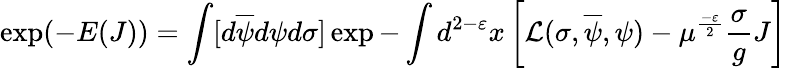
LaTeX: \exp(-E(J))=\int[d\overline{{{\psi}}}d\psi d\sigma]\exp-\int d^{2-\varepsilon}x\left[{\cal L}(\sigma,\overline{{{\psi}}},\psi)-\mu^{\frac{-\varepsilon}{2}}\frac{\sigma}{g}J\right]